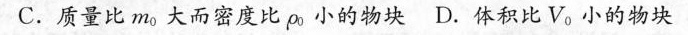
C.质量比m_{o}大而密度比p_{o}小的物块 D.体积比V_{o}小的物块